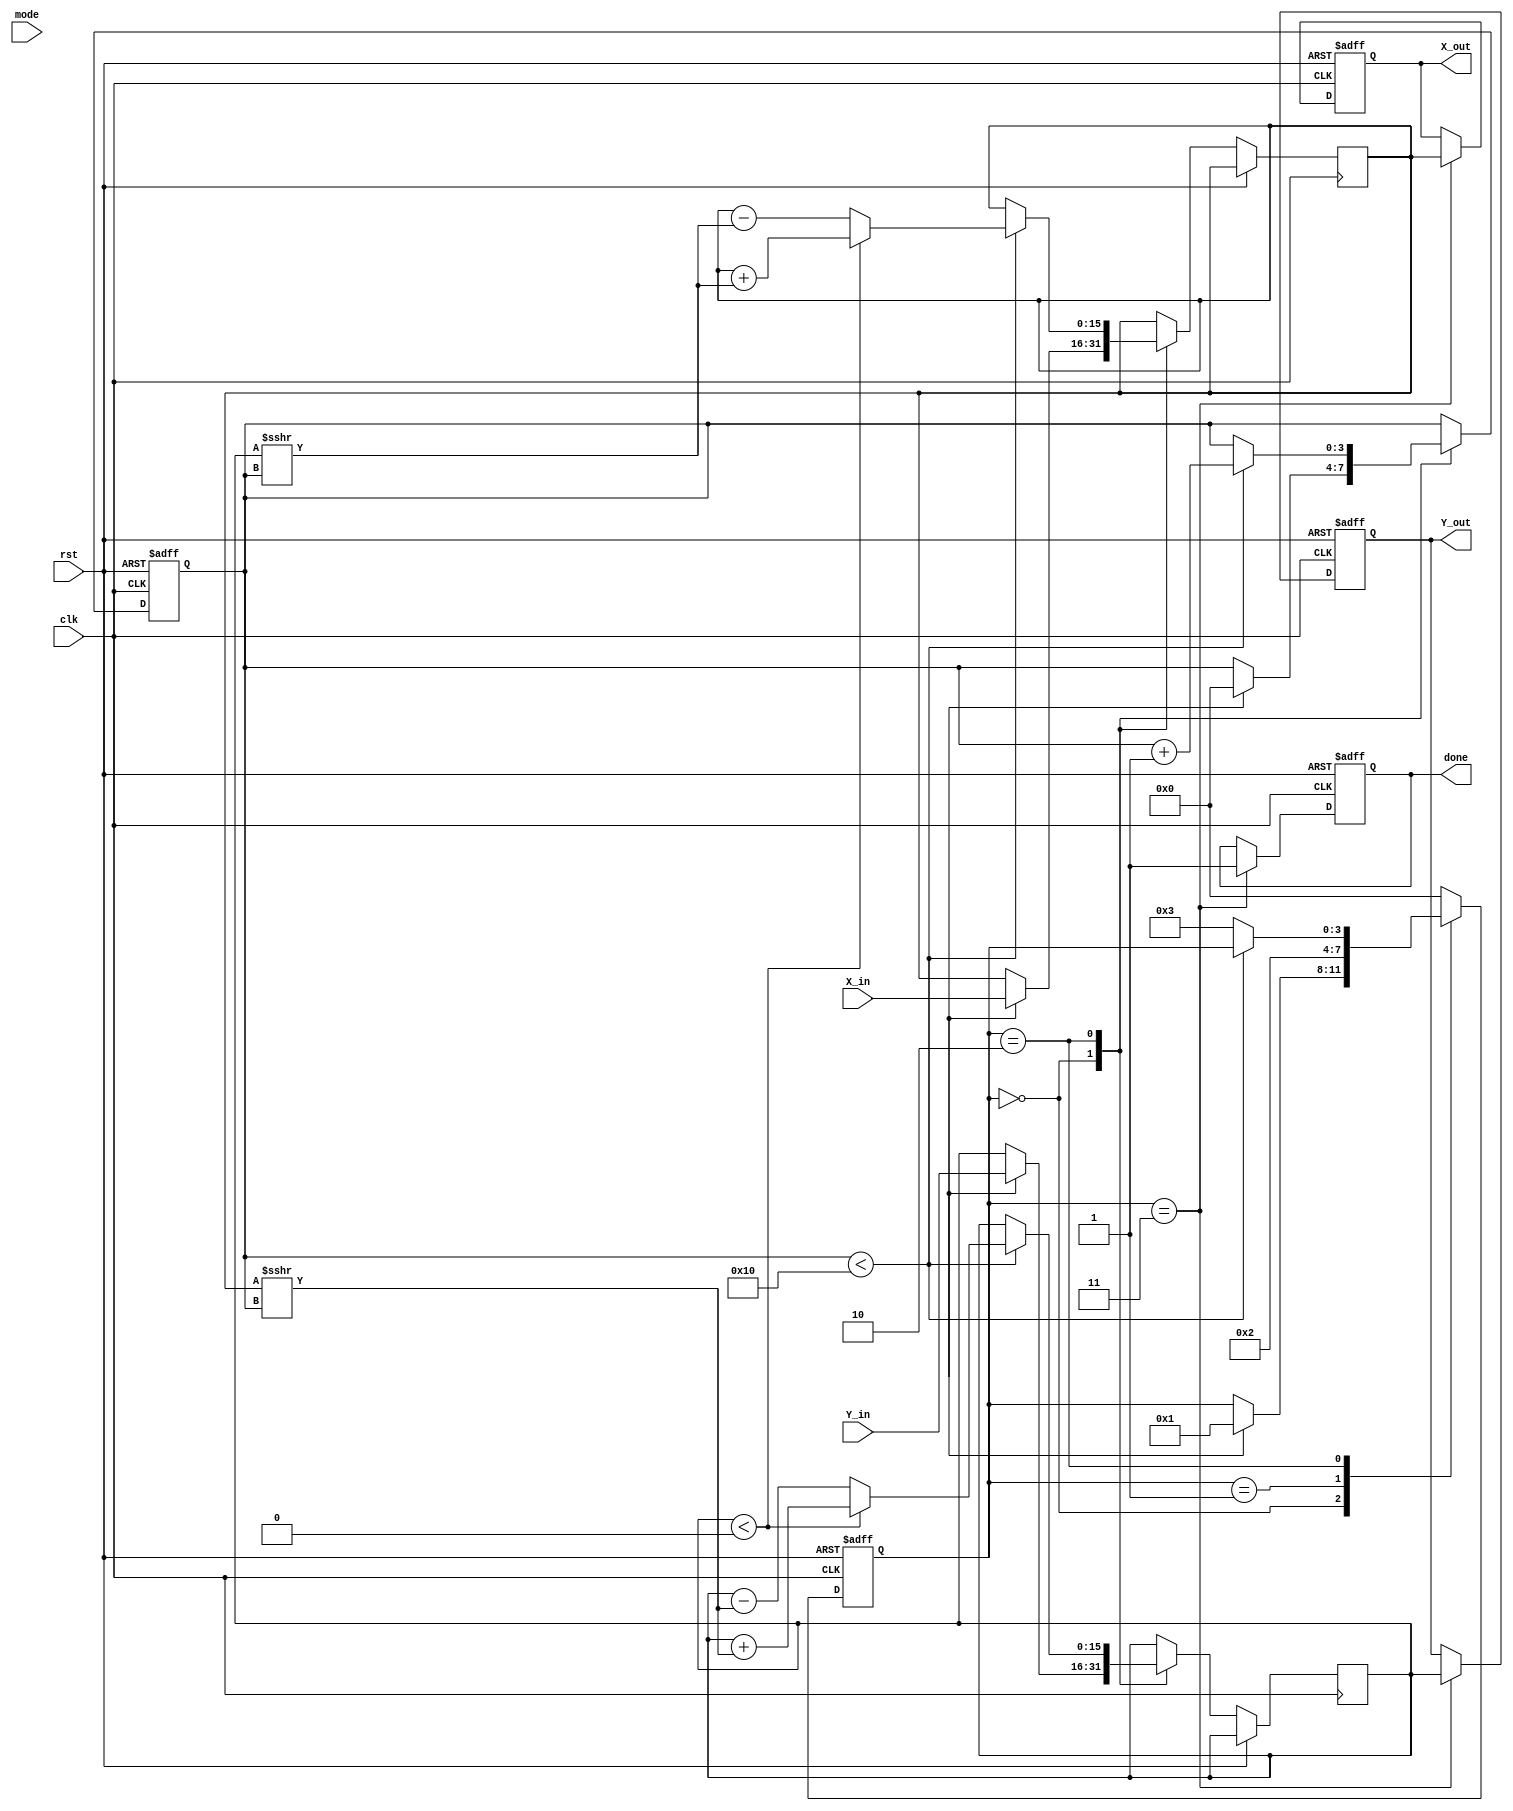
module hyperbolic_cordic (
    input wire clk,
    input wire rst,
    input wire [15:0] X_in,   // Input value for hyperbolic function
    input wire [15:0] Y_in,   // Secondary input (if needed)
    input wire [2:0] mode,    // Control signal for operation mode
    output reg [15:0] X_out,   // Output value for computed hyperbolic function
    output reg [15:0] Y_out,   // Secondary output (if applicable)
    output reg done           // Signal to indicate completion
);

    // Parameters
    parameter NUM_ITERATIONS = 16; // Number of iterations
    parameter ANGLE_WIDTH = 16;     // Width of angle values
    reg [ANGLE_WIDTH-1:0] angle_table [0:NUM_ITERATIONS-1]; // Angle table
    reg [15:0] x_reg, y_reg;         // Registers for X and Y
    reg [3:0] state;                 // FSM state
    reg [3:0] iteration_count;       // Iteration counter

    // State encoding
    localparam IDLE = 4'b0000,
               INIT = 4'b0001,
               ITERATE = 4'b0010,
               DONE = 4'b0011;

    // Initialize angle table (hyperbolic angles)
    initial begin
        // Populate angle_table with precomputed hyperbolic angles
        angle_table[0] = 16'h0000; // 0
        angle_table[1] = 16'h0001; // 1
        angle_table[2] = 16'h0002; // 2
        // Add more angles as needed...
    end

    // FSM for controlling the CORDIC process
    always @(posedge clk or posedge rst) begin
        if (rst) begin
            state <= IDLE;
            done <= 0;
            iteration_count <= 0;
            X_out <= 0;
            Y_out <= 0;
        end else begin
            case (state)
                IDLE: begin
                    if (start_condition) begin // Define start_condition based on your requirements
                        x_reg <= X_in;
                        y_reg <= Y_in;
                        iteration_count <= 0;
                        state <= INIT;
                    end
                end

                INIT: begin
                    // Initialization logic if needed
                    state <= ITERATE;
                end

                ITERATE: begin
                    if (iteration_count < NUM_ITERATIONS) begin
                        // CORDIC rotation logic
                        if (y_reg < 0) begin
                            // Perform rotation in the negative direction
                            x_reg <= x_reg + (y_reg >>> iteration_count);
                            y_reg <= y_reg + (x_reg >>> iteration_count);
                        end else begin
                            // Perform rotation in the positive direction
                            x_reg <= x_reg - (y_reg >>> iteration_count);
                            y_reg <= y_reg - (x_reg >>> iteration_count);
                        end
                        iteration_count <= iteration_count + 1;
                    end else begin
                        state <= DONE;
                    end
                end

                DONE: begin
                    X_out <= x_reg; // Final output
                    Y_out <= y_reg; // Secondary output if applicable
                    done <= 1;      // Indicate completion
                    state <= IDLE;  // Reset to IDLE for next operation
                end

                default: state <= IDLE; // Safety default
            endcase
        end
    end

endmodule